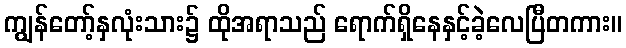
ကျွန်တော့်နှလုံးသား၌ ထိုအရာသည် ရောက်ရှိနေနှင့်ခဲ့လေပြီတကား။